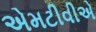
એમટીવીએ